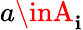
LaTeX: a\inA_{\mathbf{i}}